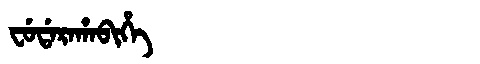
Manchu: ᠸᡠᡩᠠᡵᠠᡥᠠᠪᡳᡥᡝ
Romanization: FUDARAHABIHE